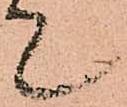
て